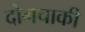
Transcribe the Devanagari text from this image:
दोनचाकी